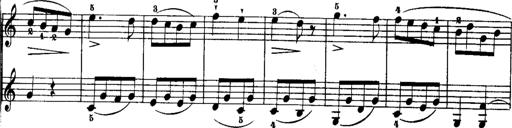
Title: Rondos and Sonatinas for Pianoforte
Composer: Daniel Steibelt